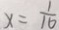
x = \frac { 1 } { 1 6 }